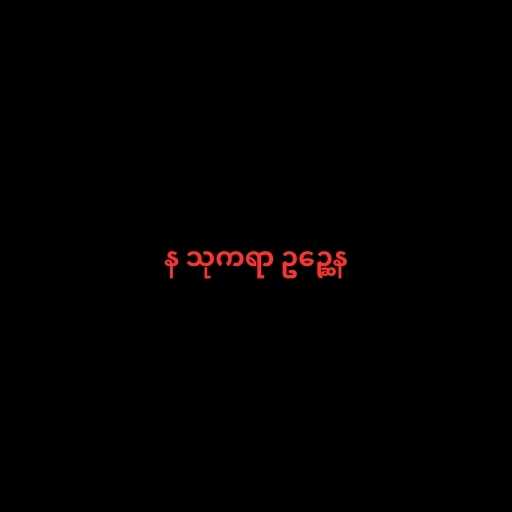
န သုကရာ ဥဉ္ဆေန